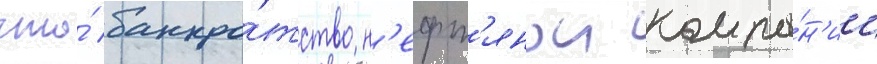
что́ банкро́тство н'ефт'янои компа́н'ии